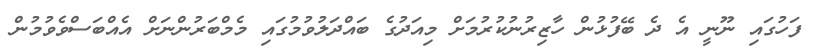
ފަހުގައި ނޫނީ އެ ދެ ބޭފުޅުން ހާޒިރުނުކުރުމަށް މިއަދުގެ ބައްދަލުވުމުގައި މެމްބަރުންނަށް އެއްބަސްވެވުމުން